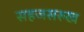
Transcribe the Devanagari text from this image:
सहजसरुख